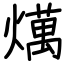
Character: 燤